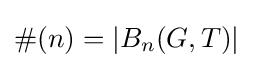
\#(n)=|B_{n}(G,T)|